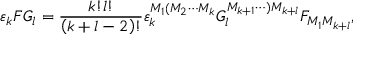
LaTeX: \varepsilon _ { k } F G _ { l } = \frac { k ! l ! } { \left( k + l - 2 \right) ! } \varepsilon _ { k } ^ { M _ { 1 } ( M _ { 2 } \cdots M _ { k } } G _ { l } ^ { M _ { k + 1 } \cdots ) M _ { k + l } } F _ { M _ { 1 } M _ { k + l } } ,